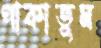
পাকাতুম